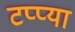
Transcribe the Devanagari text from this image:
टप्प्या